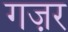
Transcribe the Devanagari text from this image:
गज़र